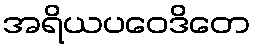
အရိယပဝေဒိတေ